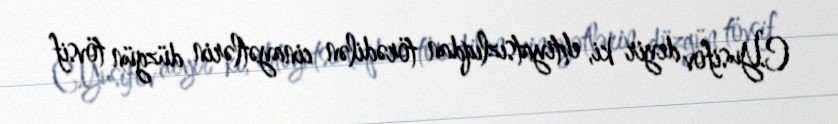
C.Yusifov deyir ki, ehtiyatsızlıqdan törədilən cinayətlərin düzgün tövsif